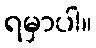
ရမှာပါ။